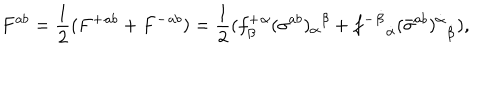
LaTeX: F ^ { a b } = { \frac { 1 } { 2 } } ( { F ^ { + } } { } ^ { a b } + { F ^ { - } } { } ^ { a b } ) = { \frac { 1 } { 2 } } ( { f _ { \beta } ^ { + } } { } ^ { \alpha } { ( \sigma ^ { a b } ) _ { \alpha } } { } ^ { \beta } + { { f ^ { - } } ^ { \dot { \beta } } } _ { \dot { \alpha } } { ( \bar { \sigma } ^ { a b } ) { } ^ { \dot { \alpha } } } _ { \dot { \beta } } ) ,